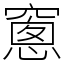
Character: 窻